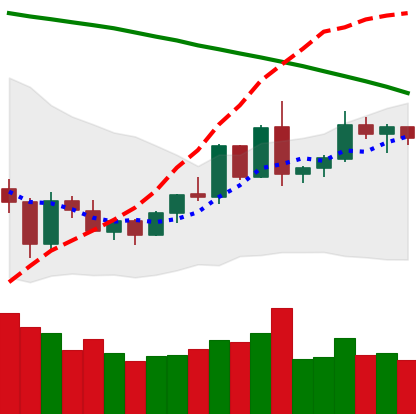
Ticker: EOS-USD
Chart end date: 2020-06-08
Forward return: -6.502%
Label: down_5_7